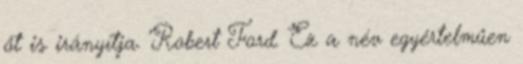
őt is irányítja. Robert Ford. Ez a név egyértelműen